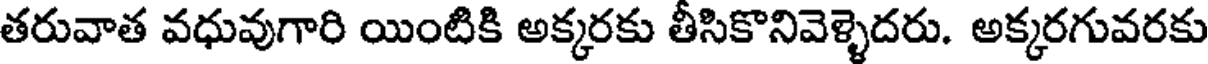
తరువాత వధువుగారి యింటికి అక్కరకు తీసికొనివెళ్ళెదరు. అక్కరగువరకు